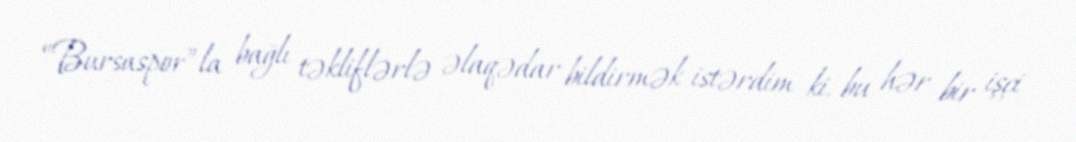
“Bursaspor”la bağlı təkliflərlə əlaqədar bildirmək istərdim ki, bu hər bir işçi